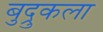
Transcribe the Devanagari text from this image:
बुद्रुकला